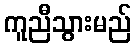
ကူညီသွားမည်